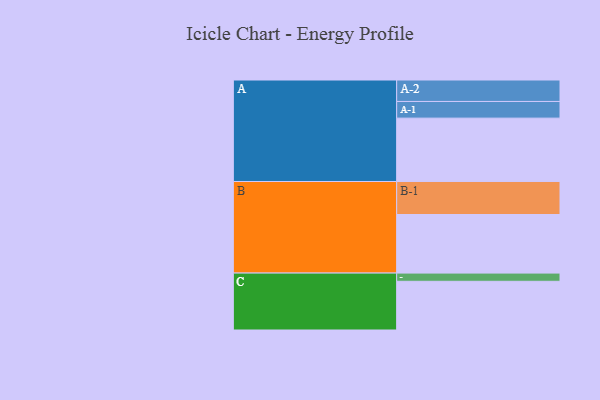
{"axis": {"x": "Segment", "y": "Value"}, "legend": ["", "A", "B", "C"], "data": [{"x": "A", "y": 570, "type": ""}, {"x": "B", "y": 527, "type": ""}, {"x": "C", "y": 438, "type": ""}, {"x": "A-1", "y": 150, "type": "A"}, {"x": "A-2", "y": 193, "type": "A"}, {"x": "B-1", "y": 297, "type": "B"}, {"x": "C-1", "y": 74, "type": "C"}]}